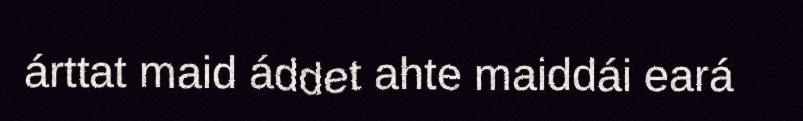
árttat maid áddet ahte maiddái eará